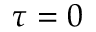
\tau = 0